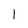
Character: 1